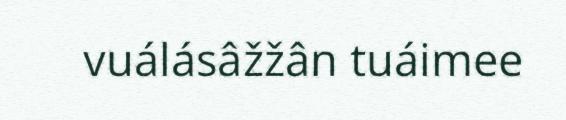
vuálásâžžân tuáimee